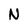
Character: N